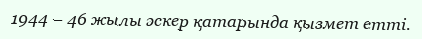
1944 – 46 жылы әскер қатарында қызмет етті.